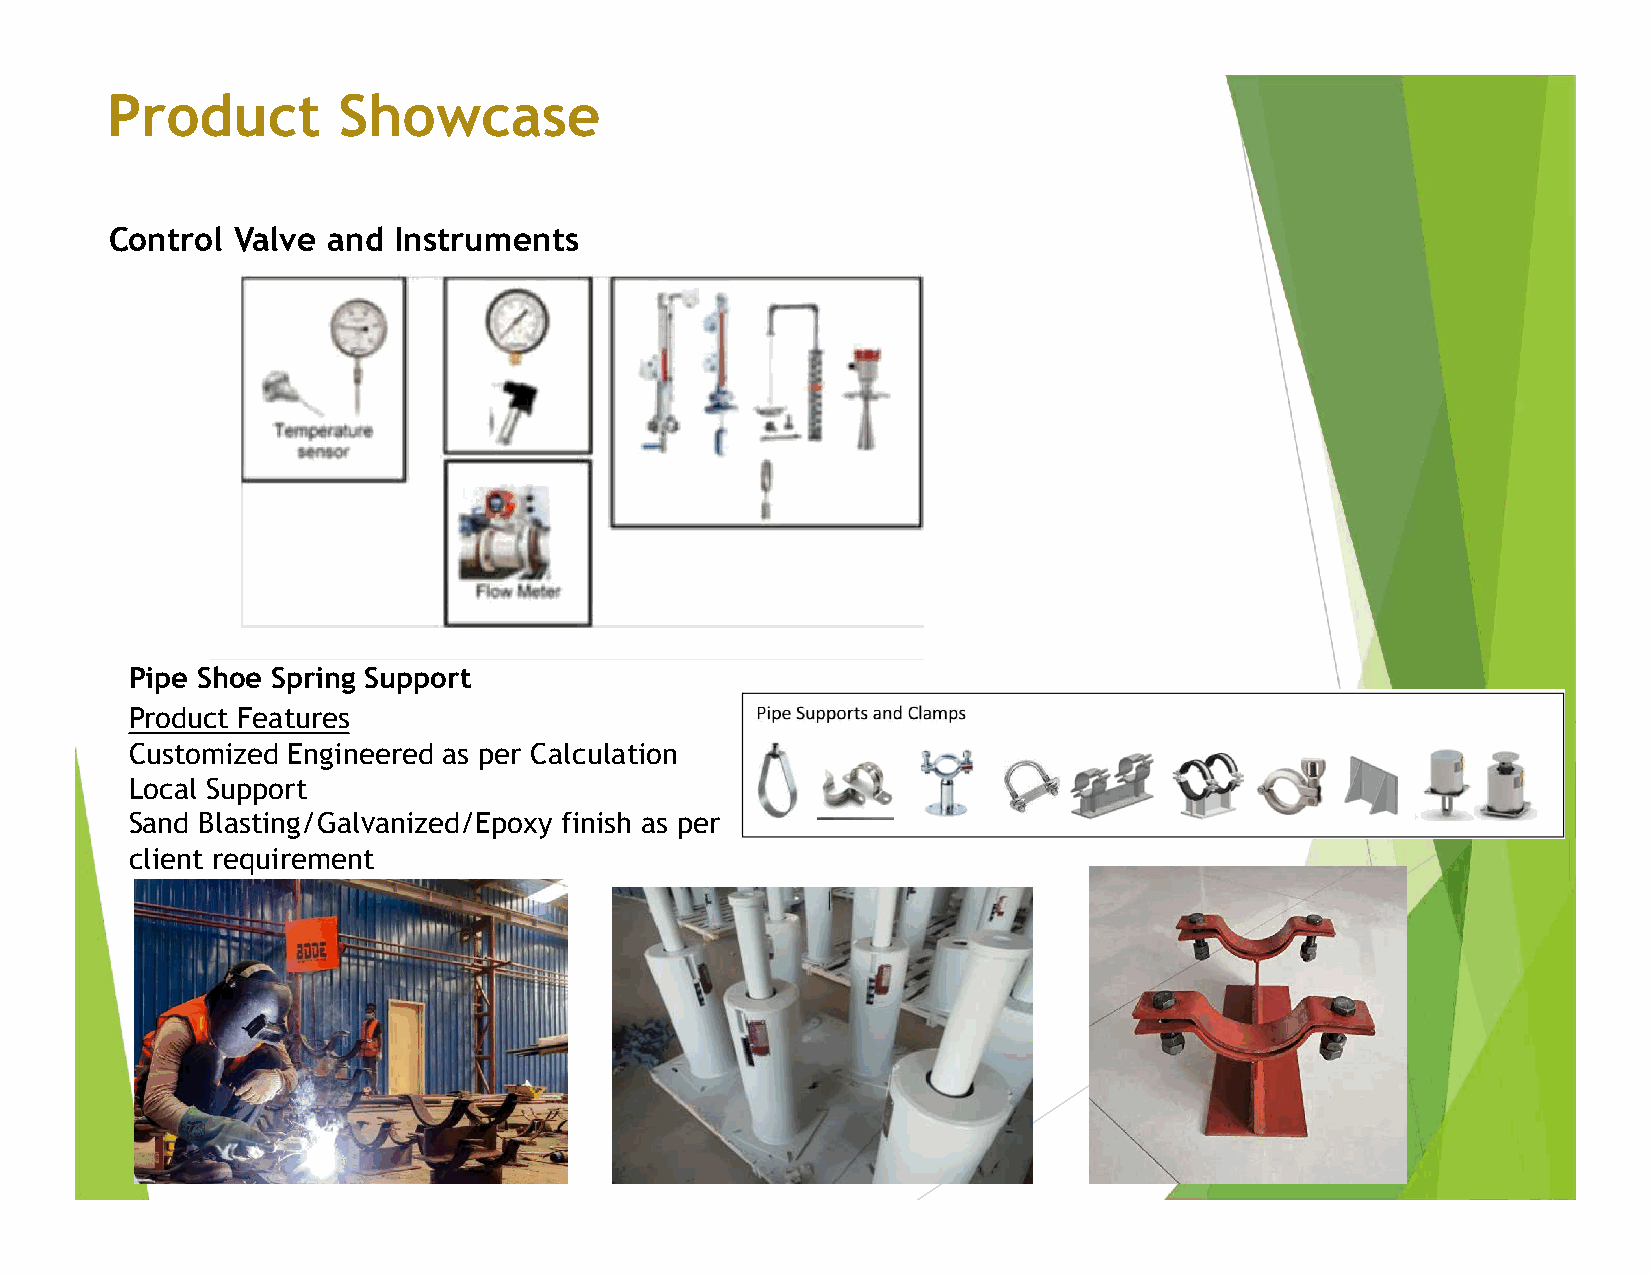
Product        Showcase
 Control Valve  and Instruments
 Pipe Shoe Spring Support
 Product Features
 Customized Engineered as per Calculation
 Local Support
 Sand Blasting/Galvanized/Epoxy finish as per
 client requirement